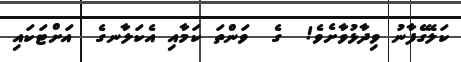
ކަލޭގެފާނު ވިދާޅުވާށެވެ!  ގެ  ވަންތަ ކަމާއި އެކަލާނގެ  އަށްޓަކައި